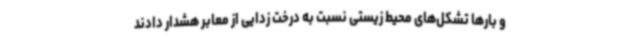
و بارها تشکل‌های محیط زیستی نسبت به درخت زدایی از معابر هشدار دادند